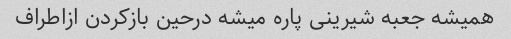
همیشه جعبه شیرینی پاره میشه درحین بازکردن ازاطراف